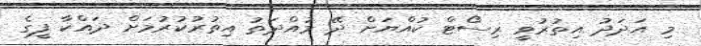
މި އަދަދު އިތުރުވީ ރިސޯޓް ކުއްޔަށް ދޭ މުއްދަތު އިތުރުކުރުމަށް ދައްކާ ފީގެ